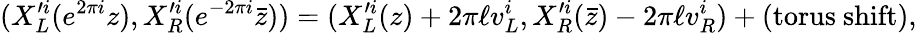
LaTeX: (X_{L}^{\prime i}(e^{2\pi i}z),X_{R}^{\prime i}(e^{-2\pi i}\bar{z}))=(X_{L}^{\prime i}(z)+2\pi\ell v_{L}^{i},X_{R}^{\prime i}(\bar{z})-2\pi\ell v_{R}^{i})+(\mathrm{torus\ shift}),